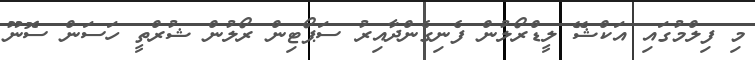
މި ފިލްމުގައި އަކްޝޭ ލީޑްރޯލުން ފެނިގެންދާއިރު ސަޕޯޓިން ރޯލުން ޝުރްތީ ހަސަން ސޮނޫ